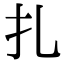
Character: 扎